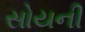
સોયની